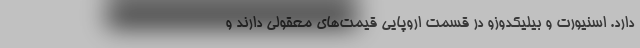
دارد. اسنیورت و بیلیکدوزو در قسمت اروپایی قیمت‌های معقولی دارند و